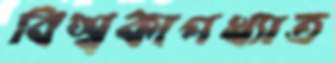
বিশ্বকাপখ্যাত